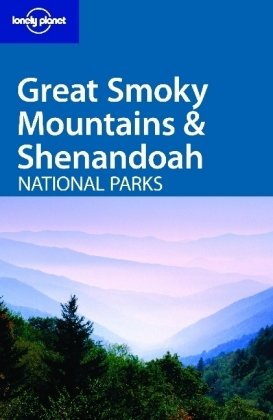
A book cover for Lonely Planet Great Smoky Mountains & Shenandoah National Parks; Michael Read; Travel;